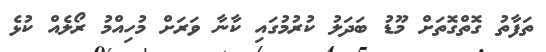
ތަފާތު ގޮތްގޮތަށް މޫޑު ބަދަލު ކުރުމުގައި ކާނާ ވަރަށް މުހިއްމު ރޯލެއް ކުޅެ